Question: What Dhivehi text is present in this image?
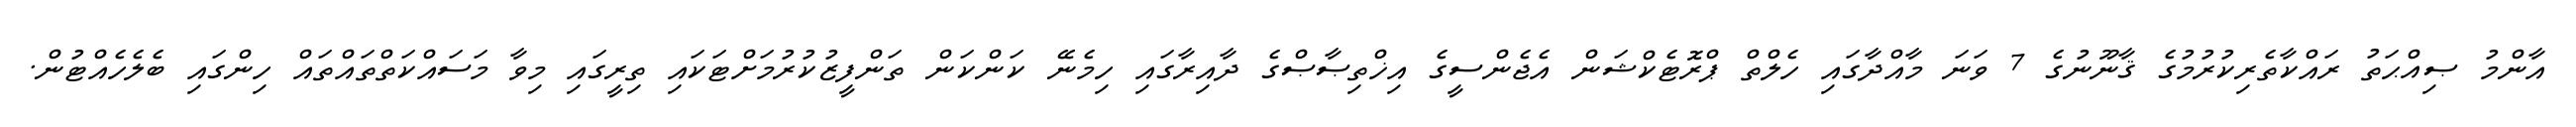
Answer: އާންމު ޞިއްޙަތު ރައްކާތެރިކުރުމުގެ ޤާނޫނުގެ 7 ވަނަ މާއްދާގައި ހެލްތް ޕްރޮޓެކްޝަން އެޖެންސީގެ އިޚްތިޞާޞްގެ ދާއިރާގައި ހިމެނޭ ކަންކަން ތަންފީޒުކުރުމަށްޓަކައި ތިރީގައި މިވާ މަސައްކަތްތައްތައް ހިންގައި ބެލެހެއްޓުން.